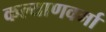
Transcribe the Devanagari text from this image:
कल्याणवर्मा